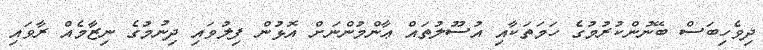
ދިވެހިބަސް ބޭނުންކުރުމުގެ ހަމަތަކާއި އުސޫލުތައް ޢާންމުންނަށް އޮޅުން ފިލުވައި ދިނުމުގެ ނިޒާމެއް ރާވައި